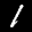
Label: 1